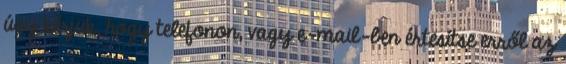
úgy kérjük, hogy telefonon, vagy e-mail-ben értesítse erről az